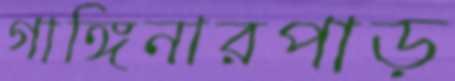
গাঙ্গিনারপাড়